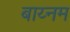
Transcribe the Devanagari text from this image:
बाय्नम